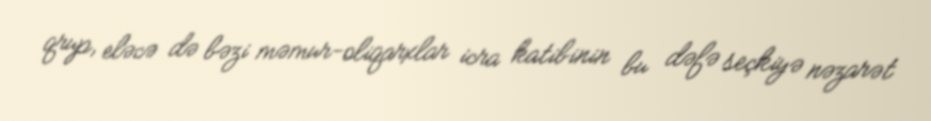
qrup, eləcə də bəzi məmur-oliqarxlar icra katibinin bu dəfə seçkiyə nəzarət